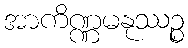
အာကိဏ္ဏမနုဿဉ္စ